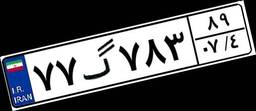
۹۹گ۶۴۹۰۹